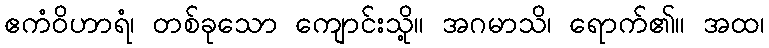
ဧကံဝိဟာရံ၊ တစ်ခုသော ကျောင်းသို့။ အဂမာသိ၊ ရောက်၏။ အထ၊